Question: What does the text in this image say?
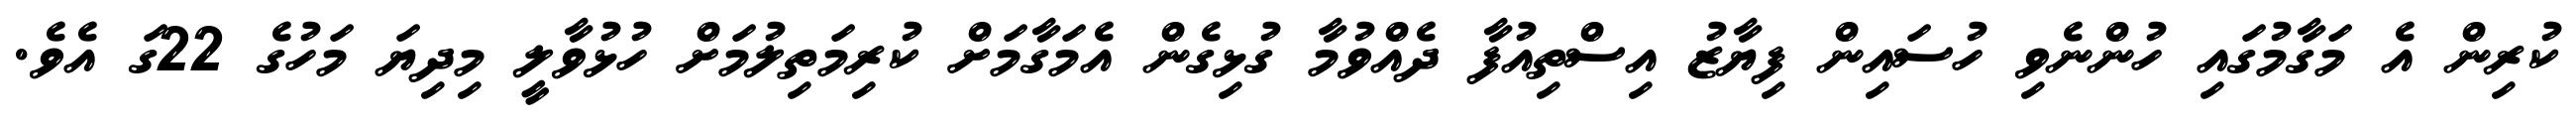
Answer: ކުރިން އެ މަގާމުގައި ހުންނެވި ހުސައިން ފިޔާޒު އިސްތިއުފާ ދެއްވުމާ ގުޅިގެން އެމަގާމަށް ކުރިމަތިލުމަށް ހުޅުވާލީ މިދިޔަ މަހުގެ 22ގަ އެވެ.